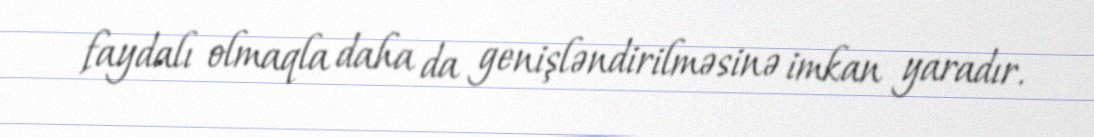
faydalı olmaqla daha da genişləndirilməsinə imkan yaradır.